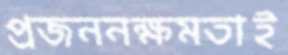
প্রজননক্ষমতাই